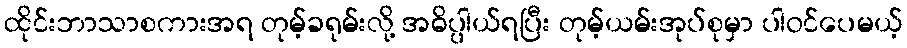
ထိုင်းဘာသာစကားအရ တုမ့်ခရုမ်းလို့ အဓိပ္ပါယ်ရပြီး တုမ့်ယမ်းအုပ်စုမှာ ပါဝင်ပေမယ့်